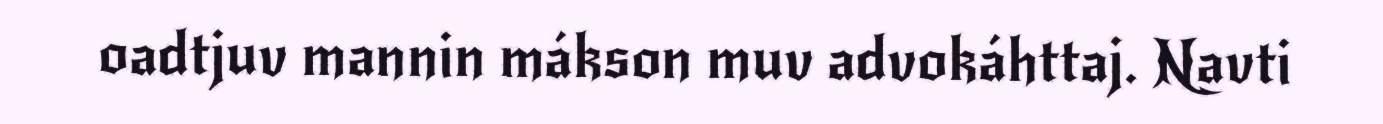
oadtjuv mannin mákson muv advokáhttaj. Navti